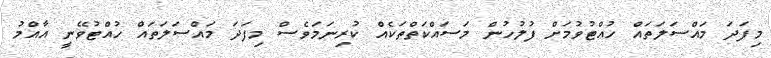
މިފަދަ މައްސަލަތައް ހުއްޓުވުމަށް ފުލުހުން މަސައްކަތްތަކެއް ކުރިނަމަވެސް މިފަދަ މައްސަލަތައް ހުއްޓުވޭނީ އާއްމު